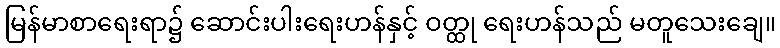
မြန်မာစာရေးရာ၌ ဆောင်းပါးရေးဟန်နှင့် ဝတ္ထု ရေးဟန်သည် မတူသေးချေ။